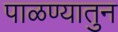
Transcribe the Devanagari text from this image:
पाळण्यातुन